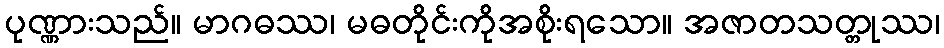
ပုဏ္ဏားသည်။ မာဂဓဿ၊ မဓတိုင်းကိုအစိုးရသော။ အဇာတသတ္တုဿ၊